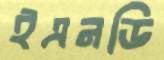
ইএনডি